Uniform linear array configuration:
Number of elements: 12
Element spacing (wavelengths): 1
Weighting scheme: blackman
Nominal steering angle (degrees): -45
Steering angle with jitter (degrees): -43.943
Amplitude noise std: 0.05
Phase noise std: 0.05

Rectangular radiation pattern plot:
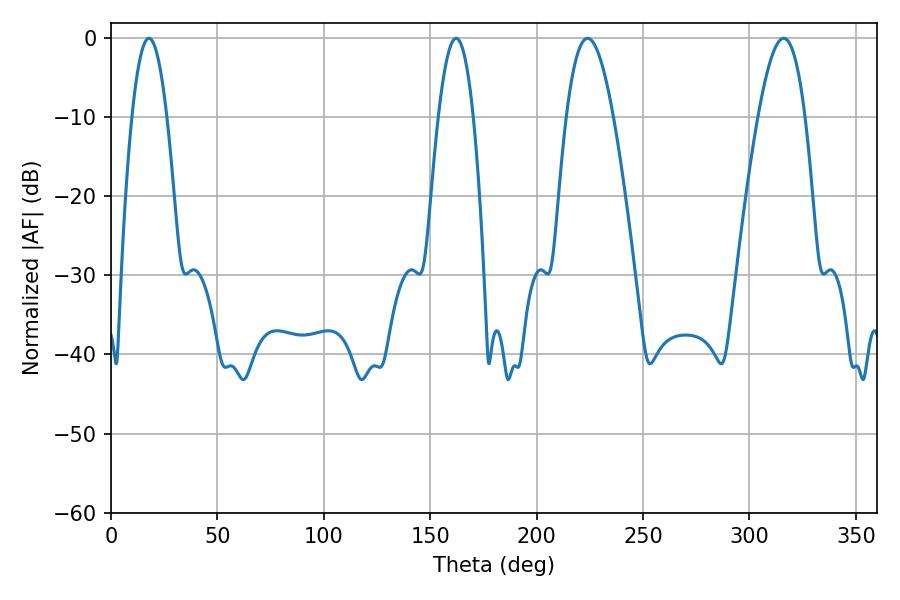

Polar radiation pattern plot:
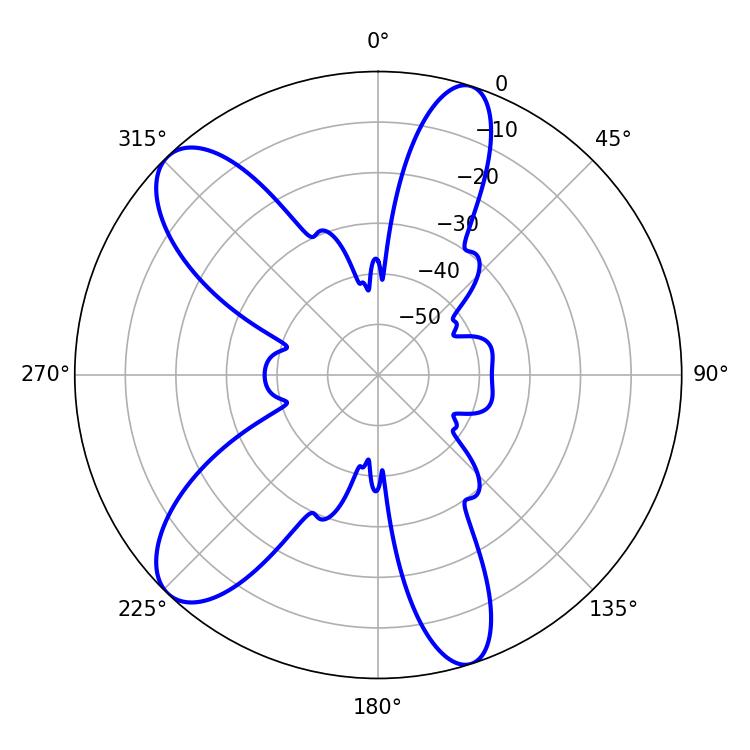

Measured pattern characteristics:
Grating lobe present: TRUE
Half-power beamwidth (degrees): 9
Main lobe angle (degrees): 17.82